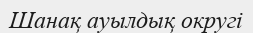
Шанақ ауылдық округі